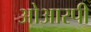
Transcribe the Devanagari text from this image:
ओआरपी